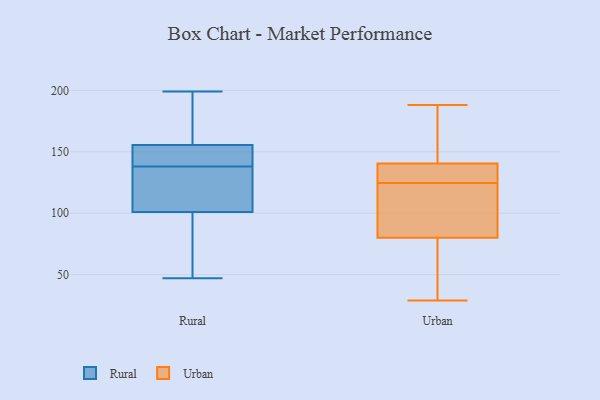
{"axis": {"x": "Churn Rate (%)", "y": "Value"}, "legend": ["Rural", "Urban"], "data": [{"x": "", "y": 78, "type": "Rural"}, {"x": "", "y": 109, "type": "Rural"}, {"x": "", "y": 117, "type": "Rural"}, {"x": "", "y": 135, "type": "Rural"}, {"x": "", "y": 141, "type": "Rural"}, {"x": "", "y": 56, "type": "Rural"}, {"x": "", "y": 166, "type": "Rural"}, {"x": "", "y": 189, "type": "Rural"}, {"x": "", "y": 141, "type": "Rural"}, {"x": "", "y": 145, "type": "Rural"}, {"x": "", "y": 47, "type": "Rural"}, {"x": "", "y": 186, "type": "Rural"}, {"x": "", "y": 93, "type": "Rural"}, {"x": "", "y": 199, "type": "Rural"}, {"x": "", "y": 118, "type": "Rural"}, {"x": "", "y": 144, "type": "Rural"}, {"x": "", "y": 149, "type": "Urban"}, {"x": "", "y": 29, "type": "Urban"}, {"x": "", "y": 103, "type": "Urban"}, {"x": "", "y": 123, "type": "Urban"}, {"x": "", "y": 130, "type": "Urban"}, {"x": "", "y": 57, "type": "Urban"}, {"x": "", "y": 51, "type": "Urban"}, {"x": "", "y": 116, "type": "Urban"}, {"x": "", "y": 126, "type": "Urban"}, {"x": "", "y": 152, "type": "Urban"}, {"x": "", "y": 132, "type": "Urban"}, {"x": "", "y": 188, "type": "Urban"}]}